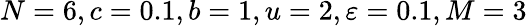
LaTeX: N=6,c=0.1,b=1,u=2,\varepsilon=0.1,M=3